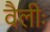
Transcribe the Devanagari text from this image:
वैलीः